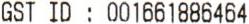
GST ID : 001661886464